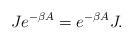
LaTeX: \begin{align*}Je^{-\beta A} =e^{-\beta A}J. \end{align*}